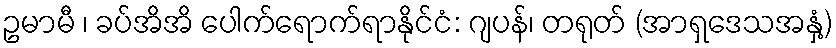
ဥမာမီ ၊ ခပ်အိအိ ပေါက်ရောက်ရာနိုင်ငံ: ဂျပန်၊ တရုတ် (အာရှဒေသအနှံ့)